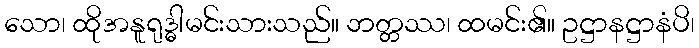
သော၊ ထိုအနူရုဒ္ဓါမင်းသားသည်။ ဘတ္တဿ၊ ထမင်း၏။ ဥဋ္ဌာနဋ္ဌာနံပိ၊